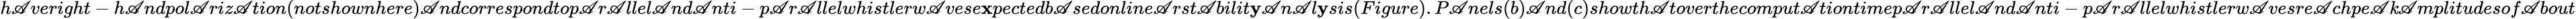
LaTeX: h\mathscr{A}veright-h\mathscr{A}ndpol\mathscr{A}riz\mathscr{A}tion(notshownhere)\mathscr{A}ndcorrespondtop\mathscr{A}r\mathscr{A}llel\mathscr{A}nd\mathscr{A}nti-p\mathscr{A}r\mathscr{A}llelwhistlerw\mathscr{A}vese\mathbf{x}pectedb\mathscr{A}sedonline\mathscr{A}rst\mathscr{A}bilit\mathbf{y}\mathscr{A}n\mathscr{A}l\mathbf{y}sis(Figure).P\mathscr{A}nels(b)\mathscr{A}nd(c)showth\mathscr{A}toverthecomput\mathscr{A}tiontimep\mathscr{A}r\mathscr{A}llel\mathscr{A}nd\mathscr{A}nti-p\mathscr{A}r\mathscr{A}llelwhistlerw\mathscr{A}vesre\mathscr{A}chpe\mathscr{A}\mathit{k}\mathscr{A}mplitudesof\mathscr{A}bout